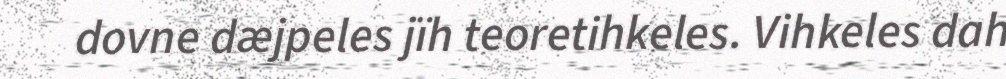
dovne dæjpeles jïh teoretihkeles. Vihkeles dah